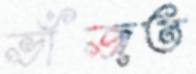
ভাঁজত